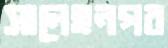
সালেহনগর